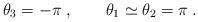
LaTeX: \begin{align*}\theta_3=-\pi \; , \qquad \theta_1 \simeq \theta_2 = \pi \; .\end{align*}